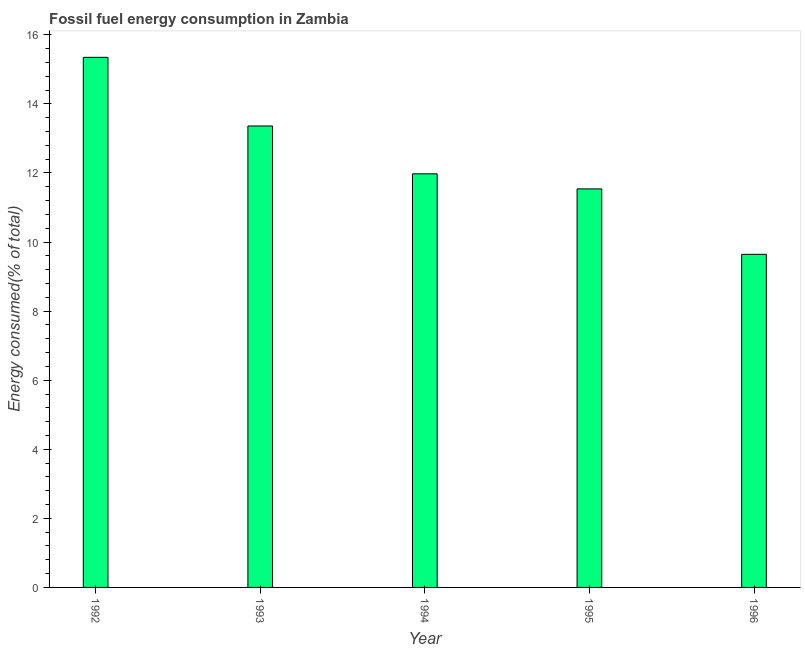
| Year | Fossil fuel energy consumption (% of total) |
 | --- | --- |
 | 1992 | 15.3 |
 | 1993 | 13.4 |
 | 1994 | 12 |
 | 1995 | 11.5 |
 | 1996 | 9.65 |